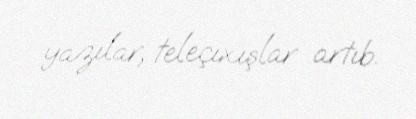
yazılar, teleçıxışlar artıb.